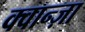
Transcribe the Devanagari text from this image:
क्वान्ज़ा